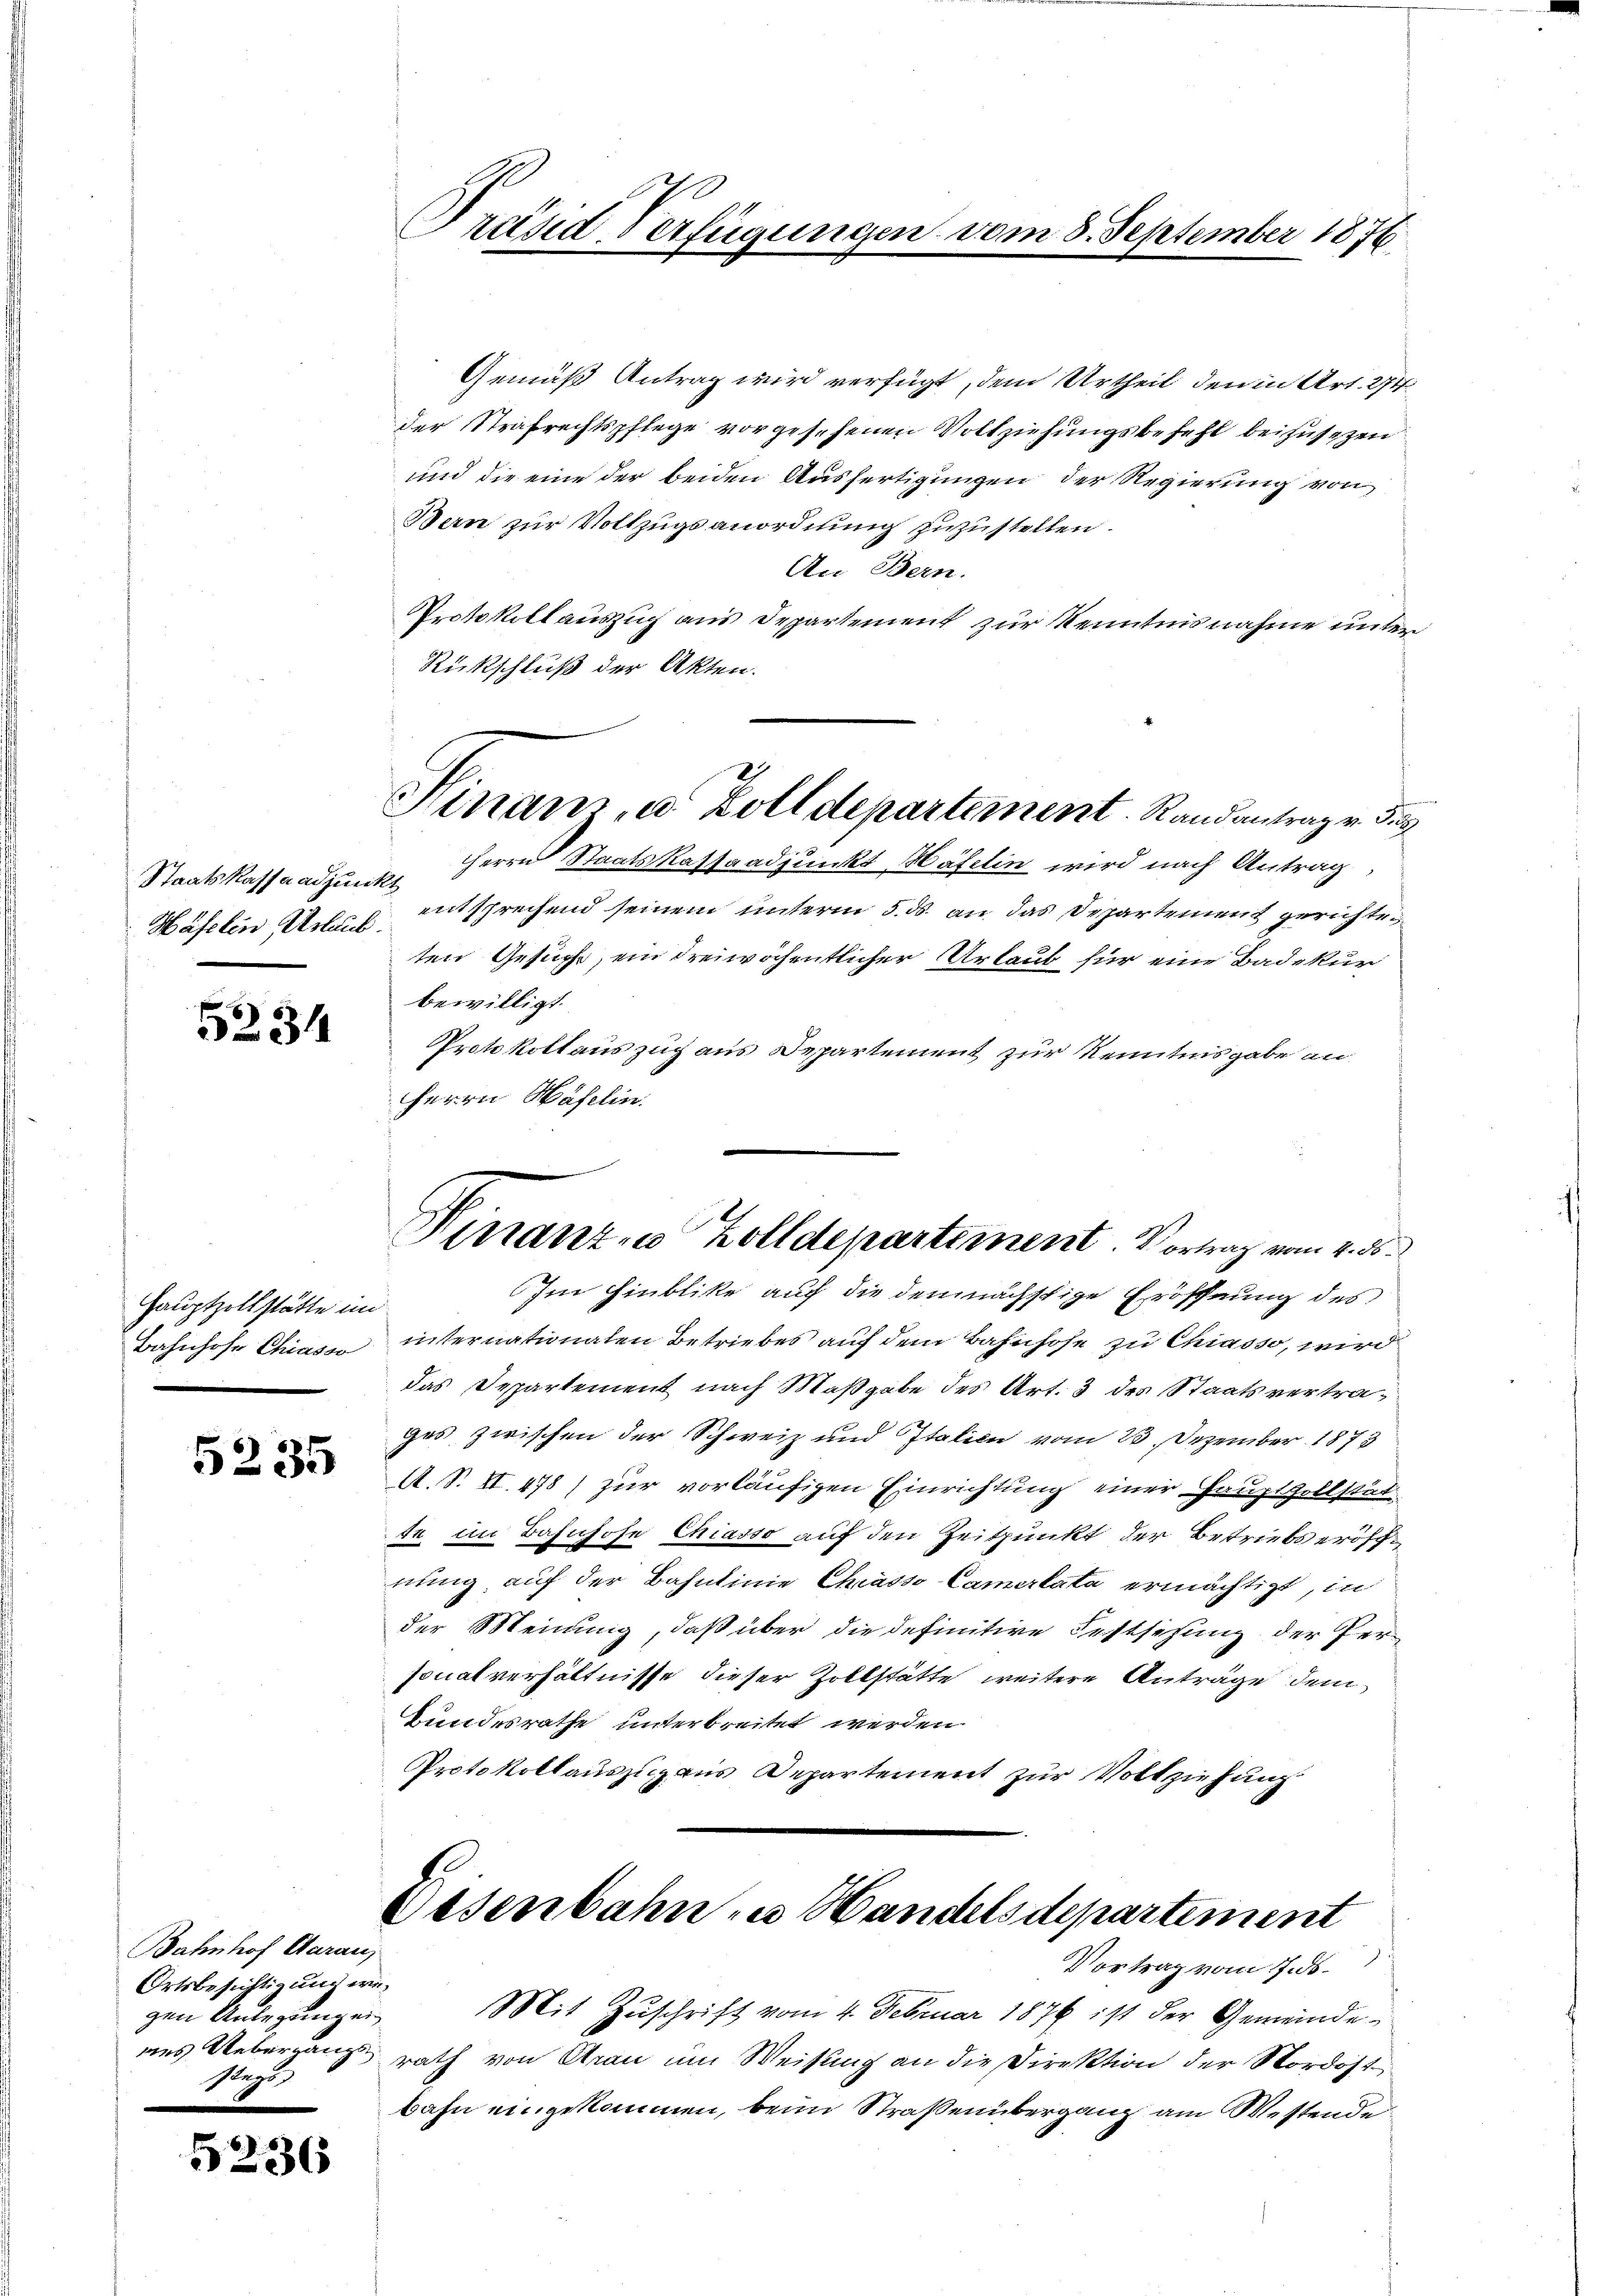
Staatskassaadjunkt
Häfelen Urlaub.

5234

Hauptzollstätte im

5235

Bahnhof Aarau
Ortsbesichtigung wegen Anlegungen
Regu

52

36

Präsid Verfügungen

Rückschluß der Akten.

Sinam, u. Zolldepartement. Randantrag v. 3.

Gemäß Antrag wird verfügt, dem Urtheil den in Art. 274.
der Strafrechtspflege vorgesehenen Vollziehŭngsbefehl beizusezen
und die eine der beiden Ausfertigungen der Regierung von
Bern zur Vollzugsanordnung zuzustellen.
An Bern.
Protokollauszuch aus Departement zur Kenntnisnahme unter¬
Herrn Staatskassaadjunkt Häfelin wird nach Antrag,
entsprechend seinem unterm 5. ds. an das Departement gerichten
ten Gesuche, ein dreiwöchentlicher Urlaub für eine Badekur
bewilligt.
Protokollauszug aus Departement zur Kenntnisgabe an
Herrn Häfelin.
Finanze Zolldepartement. Vortrag vom 4. ds.
Im Hinblike auf die demnächstige Eröffnung des
Bahnhofe Chiasi internationalen Betriebes auf dem Bahnhofe zu Chiasso, wird
das Departement nach Maßgabe des Art. 3 des Staatsvertrages zwischen der Schweiz und Italien vom 23. Dezember 1873
A. S. II. 478) zur vorläufigen Einrichtung einer Hauptzollstätte im Bahnhofe Chiasso auf den Zeitpunkt der Betriebs eröffnung auf der Bahnlinie Chiasso Camertata ermächtigt, in
der Meinung, daß über die definitive Festsetzung der Per-
sonalverhältnisse dieser Zollstätte weitere Anträge dem
Bundesrathe unterbreitet werden
Protokollauszug aus Departement zur Vollziehung

am 8. September 1876.

Disenbahn zu Handelsdepartement
Vortrag vom 17. ds.

Mit Zuschrift vom 4. Februar 1876 ist der Gemeindenes Uebergang rath von Arau um Weisung an die Direktion der Nordost
bahn eingekommen, beim Straßenübergang am Westende